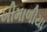
ખીમાળીયા